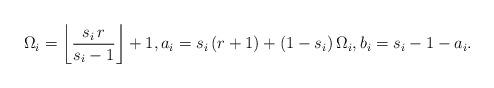
LaTeX: \begin{align*}\Omega_i = \left\lfloor \frac{s_i\,r}{s_i-1}\right\rfloor + 1,a_i=s_i\,(r+1)+(1-s_i)\,\Omega_i,b_i=s_i-1-a_i.\end{align*}